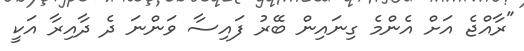
"ރާއްޖެ އަށް އެންމެ ގިނައިން ބޭރު ފައިސާ ވަންނަ ދެ ދާއިރާ އަކީ